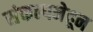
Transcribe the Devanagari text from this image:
संकल्पनेहून